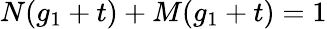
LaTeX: N(g_{1}+t)+M(g_{1}+t)=1